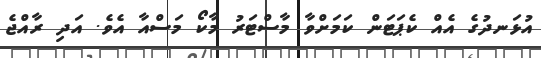
އުޅަނދުގެ އެއް ކެޕަޓަން ކަމަށްވާ މާސްޓަރު މާކޯ މަސްއާ އެވެ. އަދި ރާއްޖެ